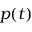
p ( t )